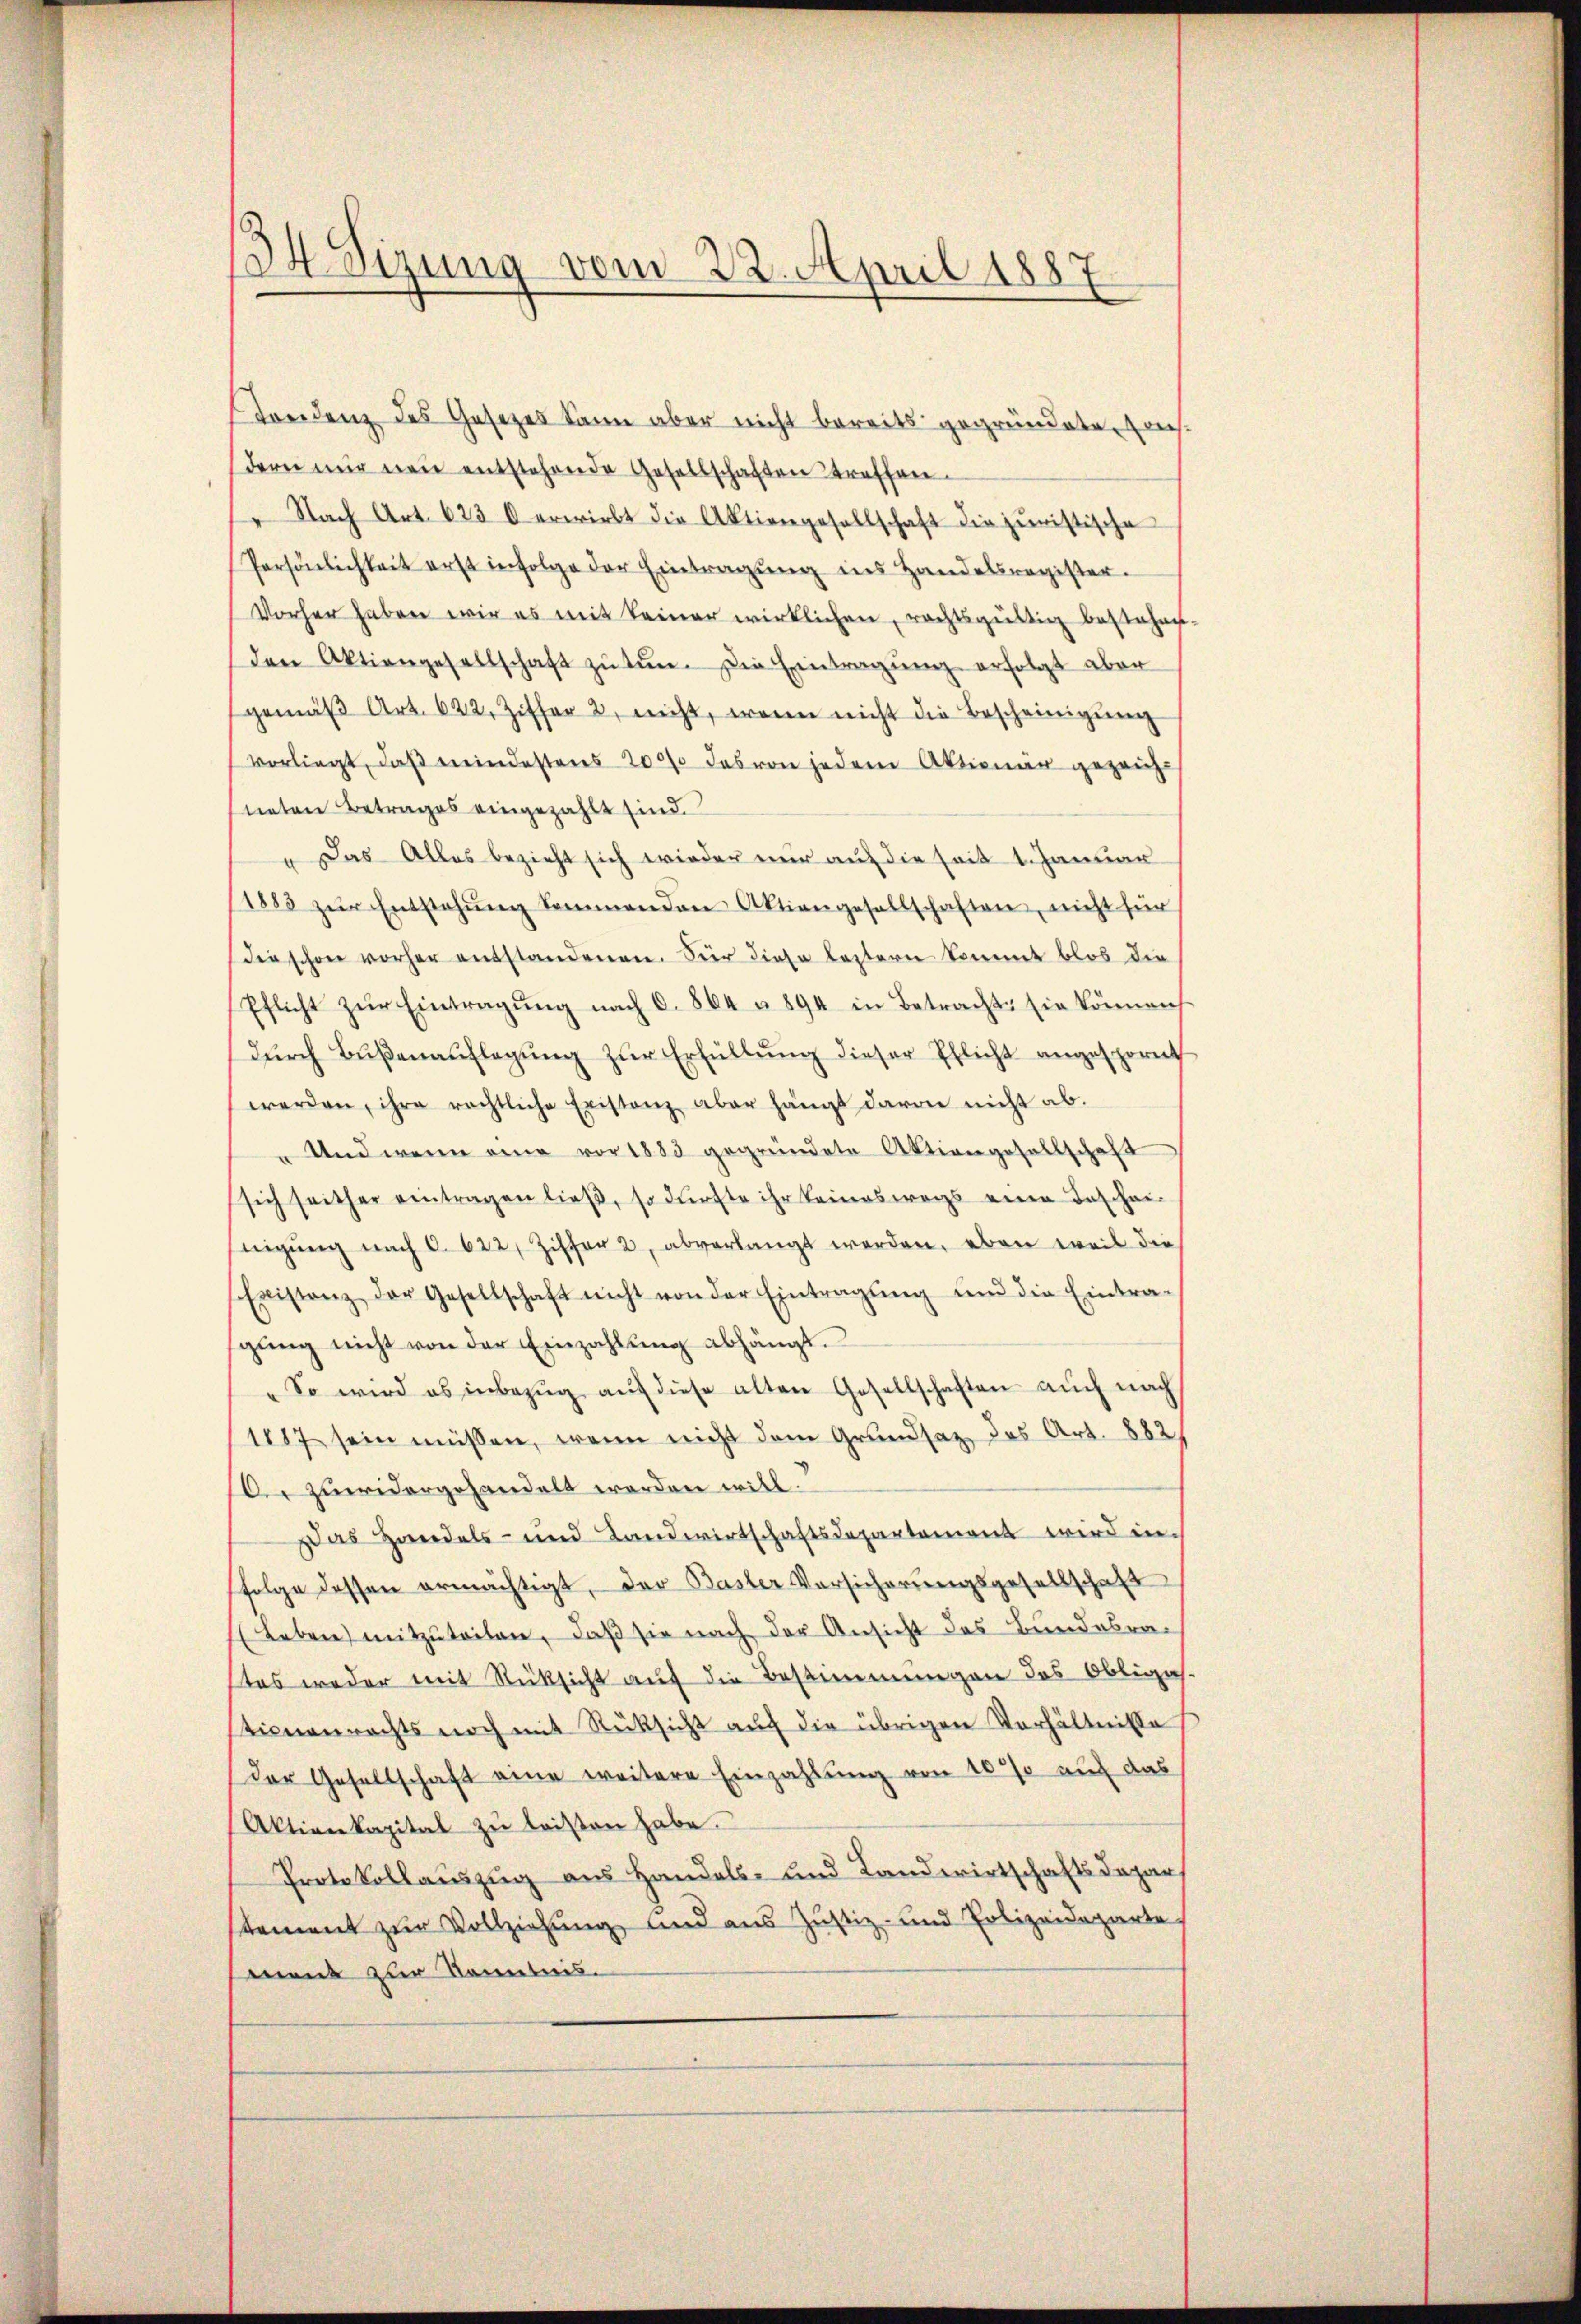
34 Sizung vom 22. April 1887

Freidenz des Gesetzes kann aber nicht bereits gegründete Casdern nŭr neu entstehende Gesellschaften treffen.
" Nach Art. 623 0 erwirbt die Aktiengesellschaft die juristische
Persönlichkeit erst infolge der Eintragŭng ins Handelsregister.
Vorher haben wir es mit keiner wirklichen, rechtsgültig bestehen.
den Aktiengesellschaft zŭ tŭn. Die Eintragŭng erfolgt aber
gemäβ Art. 622, Ziffer 2, nicht, wenn nicht die Bescheinigung
vorliegt, daβ mindestens 20000 das von jedem Aktionär gezeicht
neten Betrages eingezahlt sind.
" Das Alles bezieht sich wieder nur auf die seit 1. Januar
1883 zŭr Entstehŭng kommenden Aktiengesellschaften, nicht für
die schon vorher entstandenen. Für diese bestern kommt blos die
Pflicht zŭr Eintragŭng nach C. 864 u. 894 in Betracht: sie können
durch Bußenauflegung zur Erfüllung dieser Pflicht angespornt
werden, ihre rechtliche Existanz aber hängt davon nicht ab.
" Und wenn eine vor 1883 gegründete Aktiengesellschaft
sich seither eintragen ließ, so dürfte ihr keineswegs eine Taschei-
tigŭng nach C. 622, Ziffer 2, abverlangt werden, eben weil die
Existanz der Gesellschaft nicht von der Eintragŭng und die Eintra-
gŭng nicht von der Einzahlŭng abhängt.
"So wird es inbezŭg aŭf diese alten Gesellschaften auch nach
1887 sein müssen, wenn nicht dem Grundsatz des Art. 882
r zuwidergehandelt werden will.
Das Handels- und Landwirtschaftsdepartement wird in
folge dessen ermächtigt, der Basler Vorsicherungsgesellschaft
(Leben mitzuteilen, daß sie nach der Ansicht des Bundesrastes weder mit Rücksicht auf die Bestimmungen das Obligich
tionenrechts noch mit Rücksicht auf die übrigen Verhältnisse
der Gesellschaft eine weitere Einzahlung von 100% auf das
Aktienkapital zŭ leisten habe.
Protokollauszug aus Handels- und Landwirtschaftsdepar
stement zur Vollziehung und aus Justiz- und Polizeideparte
ment zur Kenntnis.